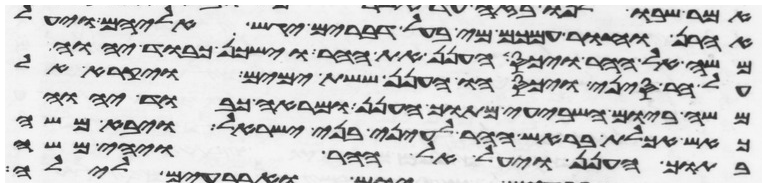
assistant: אהרן וחור עמכם מי בעל דברים יגש אליהם ויעל
משה אל ההר ויכס הענן את ההר וישכן כבוד יהוה
על הר סיני ויכסהו הענן ששת ימים ויקרא אל
משה ביום השביעי מתוך הענן ומראה כבוד יהוה
כאש אכלת בראש ההר לעיני בני ישראל ויבא משה
בתוך הענן ויעל אל ההר ויהי משה